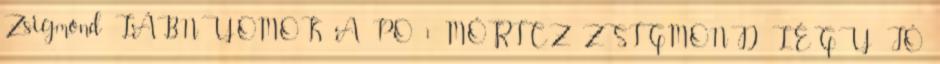
Zsigmond LÁBNYOMOK A PO 1 MÓRICZ ZSIGMOND LÉGY JÓ